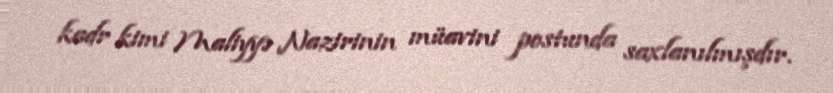
kadr kimi Maliyyə Nazirinin müavini postunda saxlanılmışdır.